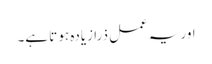
اور یہ عمل ذرا زیادہ ہو تا ہے۔